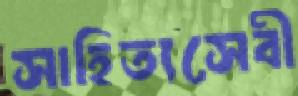
সাহিত্যসেবী